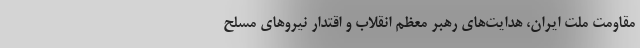
مقاومت ملت ایران، هدایت‌های رهبر معظم انقلاب و اقتدار نیرو‌های مسلح